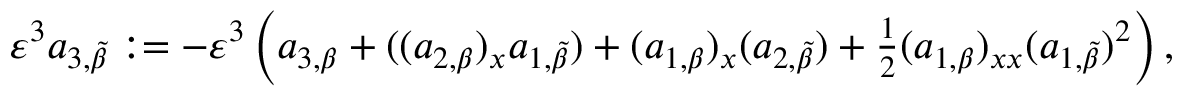
\begin{array} { r } { \varepsilon ^ { 3 } a _ { 3 , \tilde { \beta } } : = - \varepsilon ^ { 3 } \left( a _ { 3 , \beta } + ( ( a _ { 2 , \beta } ) _ { x } a _ { 1 , \tilde { \beta } } ) + ( a _ { 1 , \beta } ) _ { x } ( a _ { 2 , \tilde { \beta } } ) + \frac { 1 } { 2 } ( a _ { 1 , \beta } ) _ { x x } ( a _ { 1 , \tilde { \beta } } ) ^ { 2 } \right) , } \end{array}